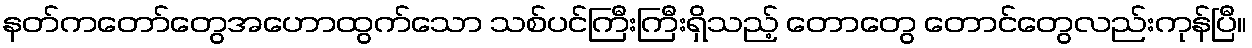
နတ်ကတော်တွေအဟောထွက်သော သစ်ပင်ကြီးကြီးရှိသည့် တောတွေ တောင်တွေလည်းကုန်ပြီ။